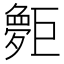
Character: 𪩨